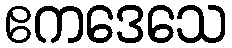
ဧကဒေသေ